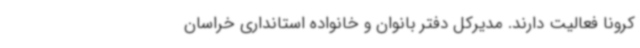
کرونا فعالیت دارند. مدیرکل دفتر بانوان و خانواده استانداری خراسان